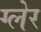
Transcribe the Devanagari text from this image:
ग्लेर